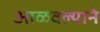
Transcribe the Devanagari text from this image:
आळवल्याने